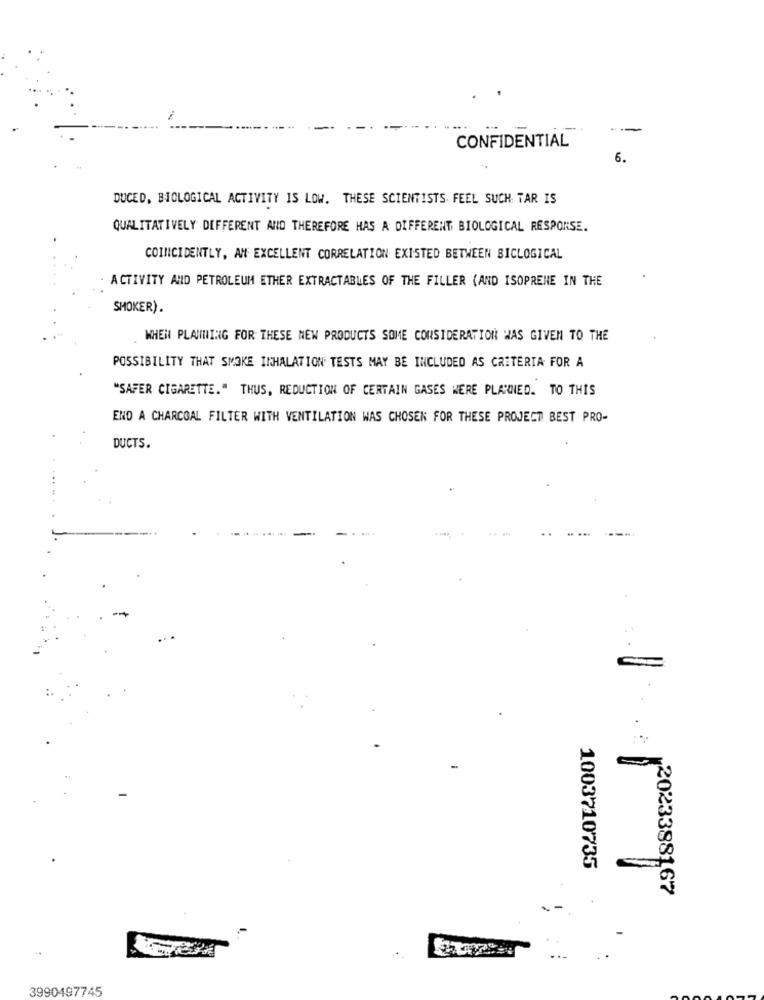
CONFIDENTIAL
6.
DUCED, BIOLOGICAL ACTIVITY IS LOW. THESE SCIENTISTS FEEL SUCH TAR IS
QUALITATIVELY DIFFERENT AND THEREFORE HAS A DIFFERENT BIOLOGICAL RESPONSE.
COINCIDENTLY, AN EXCELLENT CORRELATION EXISTED BETWEEN SICLOGICAL
ACTIVITY AND PETROLEUM ETHER EXTRACTABLES OF THE FILLER (AND ISOPRENE IN THE
SMOKER).
WHEN PLANNING FOR THESE NEW PRODUCTS SOME CONSIDERATION WAS GIVEN TO THE
POSSIBILITY THAT SMOKE INHALATION TESTS MAY BE INCLUDED AS CRITERIA FOR A
"SAFER CIGARETTE." THUS, REDUCTION OF CERTAIN GASES WERE PLANNED. TO THIS
ENO A CHARCOAL FILTER WITH VENTILATION WAS CHOSEN FOR THESE PROJECT BEST PRO-
DUCTS.
1003710735
20233881,67
..
3990497745